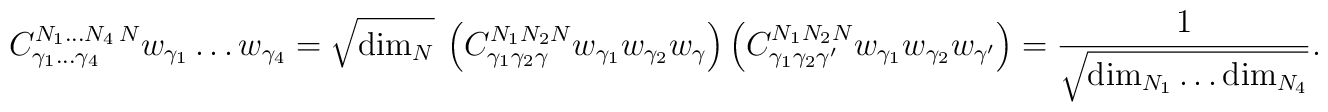
{C}^{N_1\ldots N_4\,N}_{\gamma_1\ldots\gamma_4} w_{\gamma_1}\ldots w_{\gamma_4} = \sqrt{{\rm dim}_N} \ \left( {C}^{N_1 N_2 N}_{\gamma_1\gamma_2\gamma} w_{\gamma_1} w_{\gamma_2} w_{\gamma} \right) \left( {C}^{N_1 N_2 N}_{\gamma_1\gamma_2\gamma'} w_{\gamma_1} w_{\gamma_2} w_{\gamma'} \right) = {1\over \sqrt{{\rm dim}_{N_1} \ldots {\rm dim}_{N_4} }}.